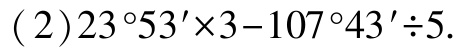
(2)$23^{\circ}53'\times3 - 107^{\circ}43'\div5$